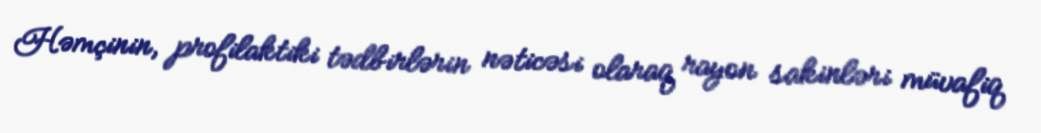
Həmçinin, profilaktiki tədbirlərin nəticəsi olaraq rayon sakinləri müvafiq